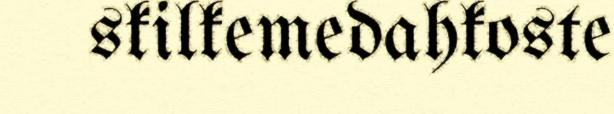
skilkemedahkoste